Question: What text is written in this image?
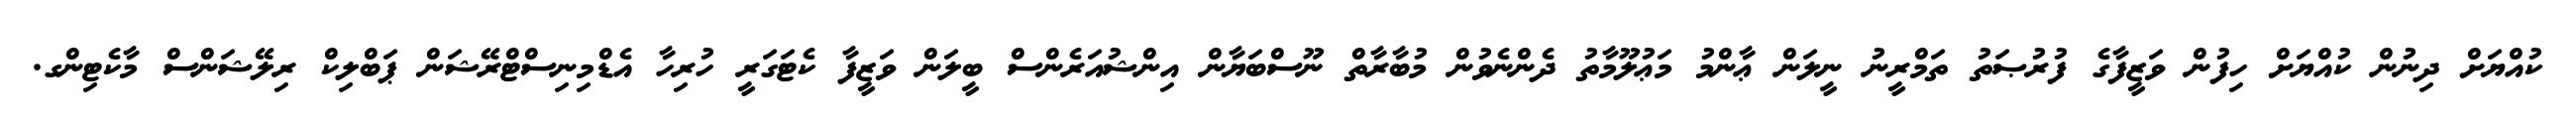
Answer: ކުއްޔަށް ދިނުން ކުއްޔަށް ހިފުން ވަޒީފާގެ ފުރުޞަތު ތަމްރީނު ނީލަން ޢާންމު މަޢުލޫމާތު ދެންނެވުން މުބާރާތް ނޫސްބަޔާން އިންޝުއަރެންސް ބީލަން ވަޒީފާ ކެޓަގަރީ ހުރިހާ އެޑްމިނިސްޓްރޭޝަން ޕަބްލިކް ރިލޭޝަންސް މާކެޓިންގ.